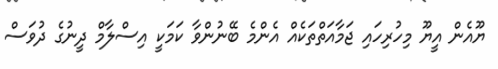
ޔޫއެން އީޔޫ މިހުރިހައި ޖަމާއަތްތަކެއް އެންމެ ބޭނުންވާ ކަމަކީ އިސްލާމް ދީނުގެ ދުވަސް